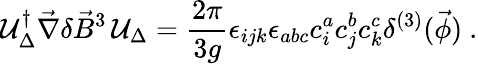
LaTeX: {\cal U}_{\Delta}^{\dagger}\vec{\nabla}\delta\vec{B}^{3}\, {\cal U}_{\Delta}=\frac{2\pi}{3g}\epsilon_{ijk}\epsilon_{abc}c_{i}^{a}c_{j}^{b}c_{k}^{c}\delta^{(3)}(\vec{\phi})\ .